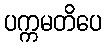
ပက္ကမတိပေ